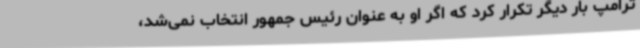
ترامپ بار دیگر تکرار کرد که اگر او به عنوان رئیس جمهور انتخاب نمی‌شد،